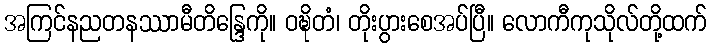
အကြင်နညတနဿာမီတိန္ဒြေကို။ ဝဍ္ဎိတံ၊ တိုးပွားစေအပ်ပြီ။ လောကီကုသိုလ်တို့ထက်